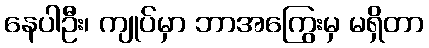
နေပါဦး၊ ကျုပ်မှာ ဘာအကြွေးမှ မရှိတာ